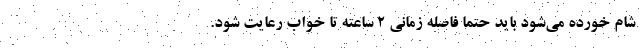
شام خورده می‌شود باید حتما فاصله زمانی 2 ساعته تا خواب رعایت شود.